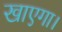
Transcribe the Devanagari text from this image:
खाएगा।